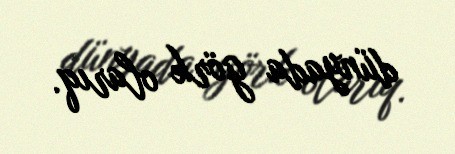
dünyada görk olarıq.